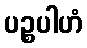
ပဉ္စပါဟံ